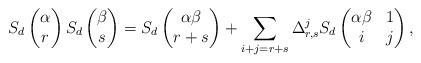
LaTeX: \begin{align*} S_d \begin{pmatrix} \alpha \\r \end{pmatrix} S_d \begin{pmatrix} \beta \\s \end{pmatrix} = S_d \begin{pmatrix} \alpha\beta \\r + s \end{pmatrix} + \sum \limits_{i + j = r + s} \Delta_{r,s}^{j} S_d \begin{pmatrix} \alpha\beta & 1\\i & j \end{pmatrix},\end{align*}